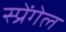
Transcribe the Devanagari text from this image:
स्प्रेंगेल